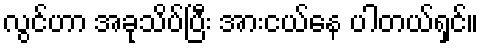
လွင်ဟာ အခုသိပ်ပြီး အားငယ်နေ ပါတယ်ရှင်။